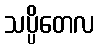
သပ္ပိတေလ